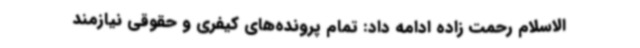
الاسلام رحمت زاده ادامه داد: تمام پرونده‌های کیفری و حقوقی نیازمند